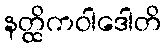
နတ္ထိကဝါဒေါတိ